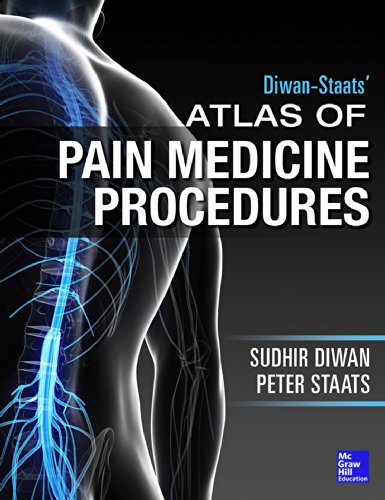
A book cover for Atlas of Pain Medicine Procedures; Sudhir Diwan; Medical Books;